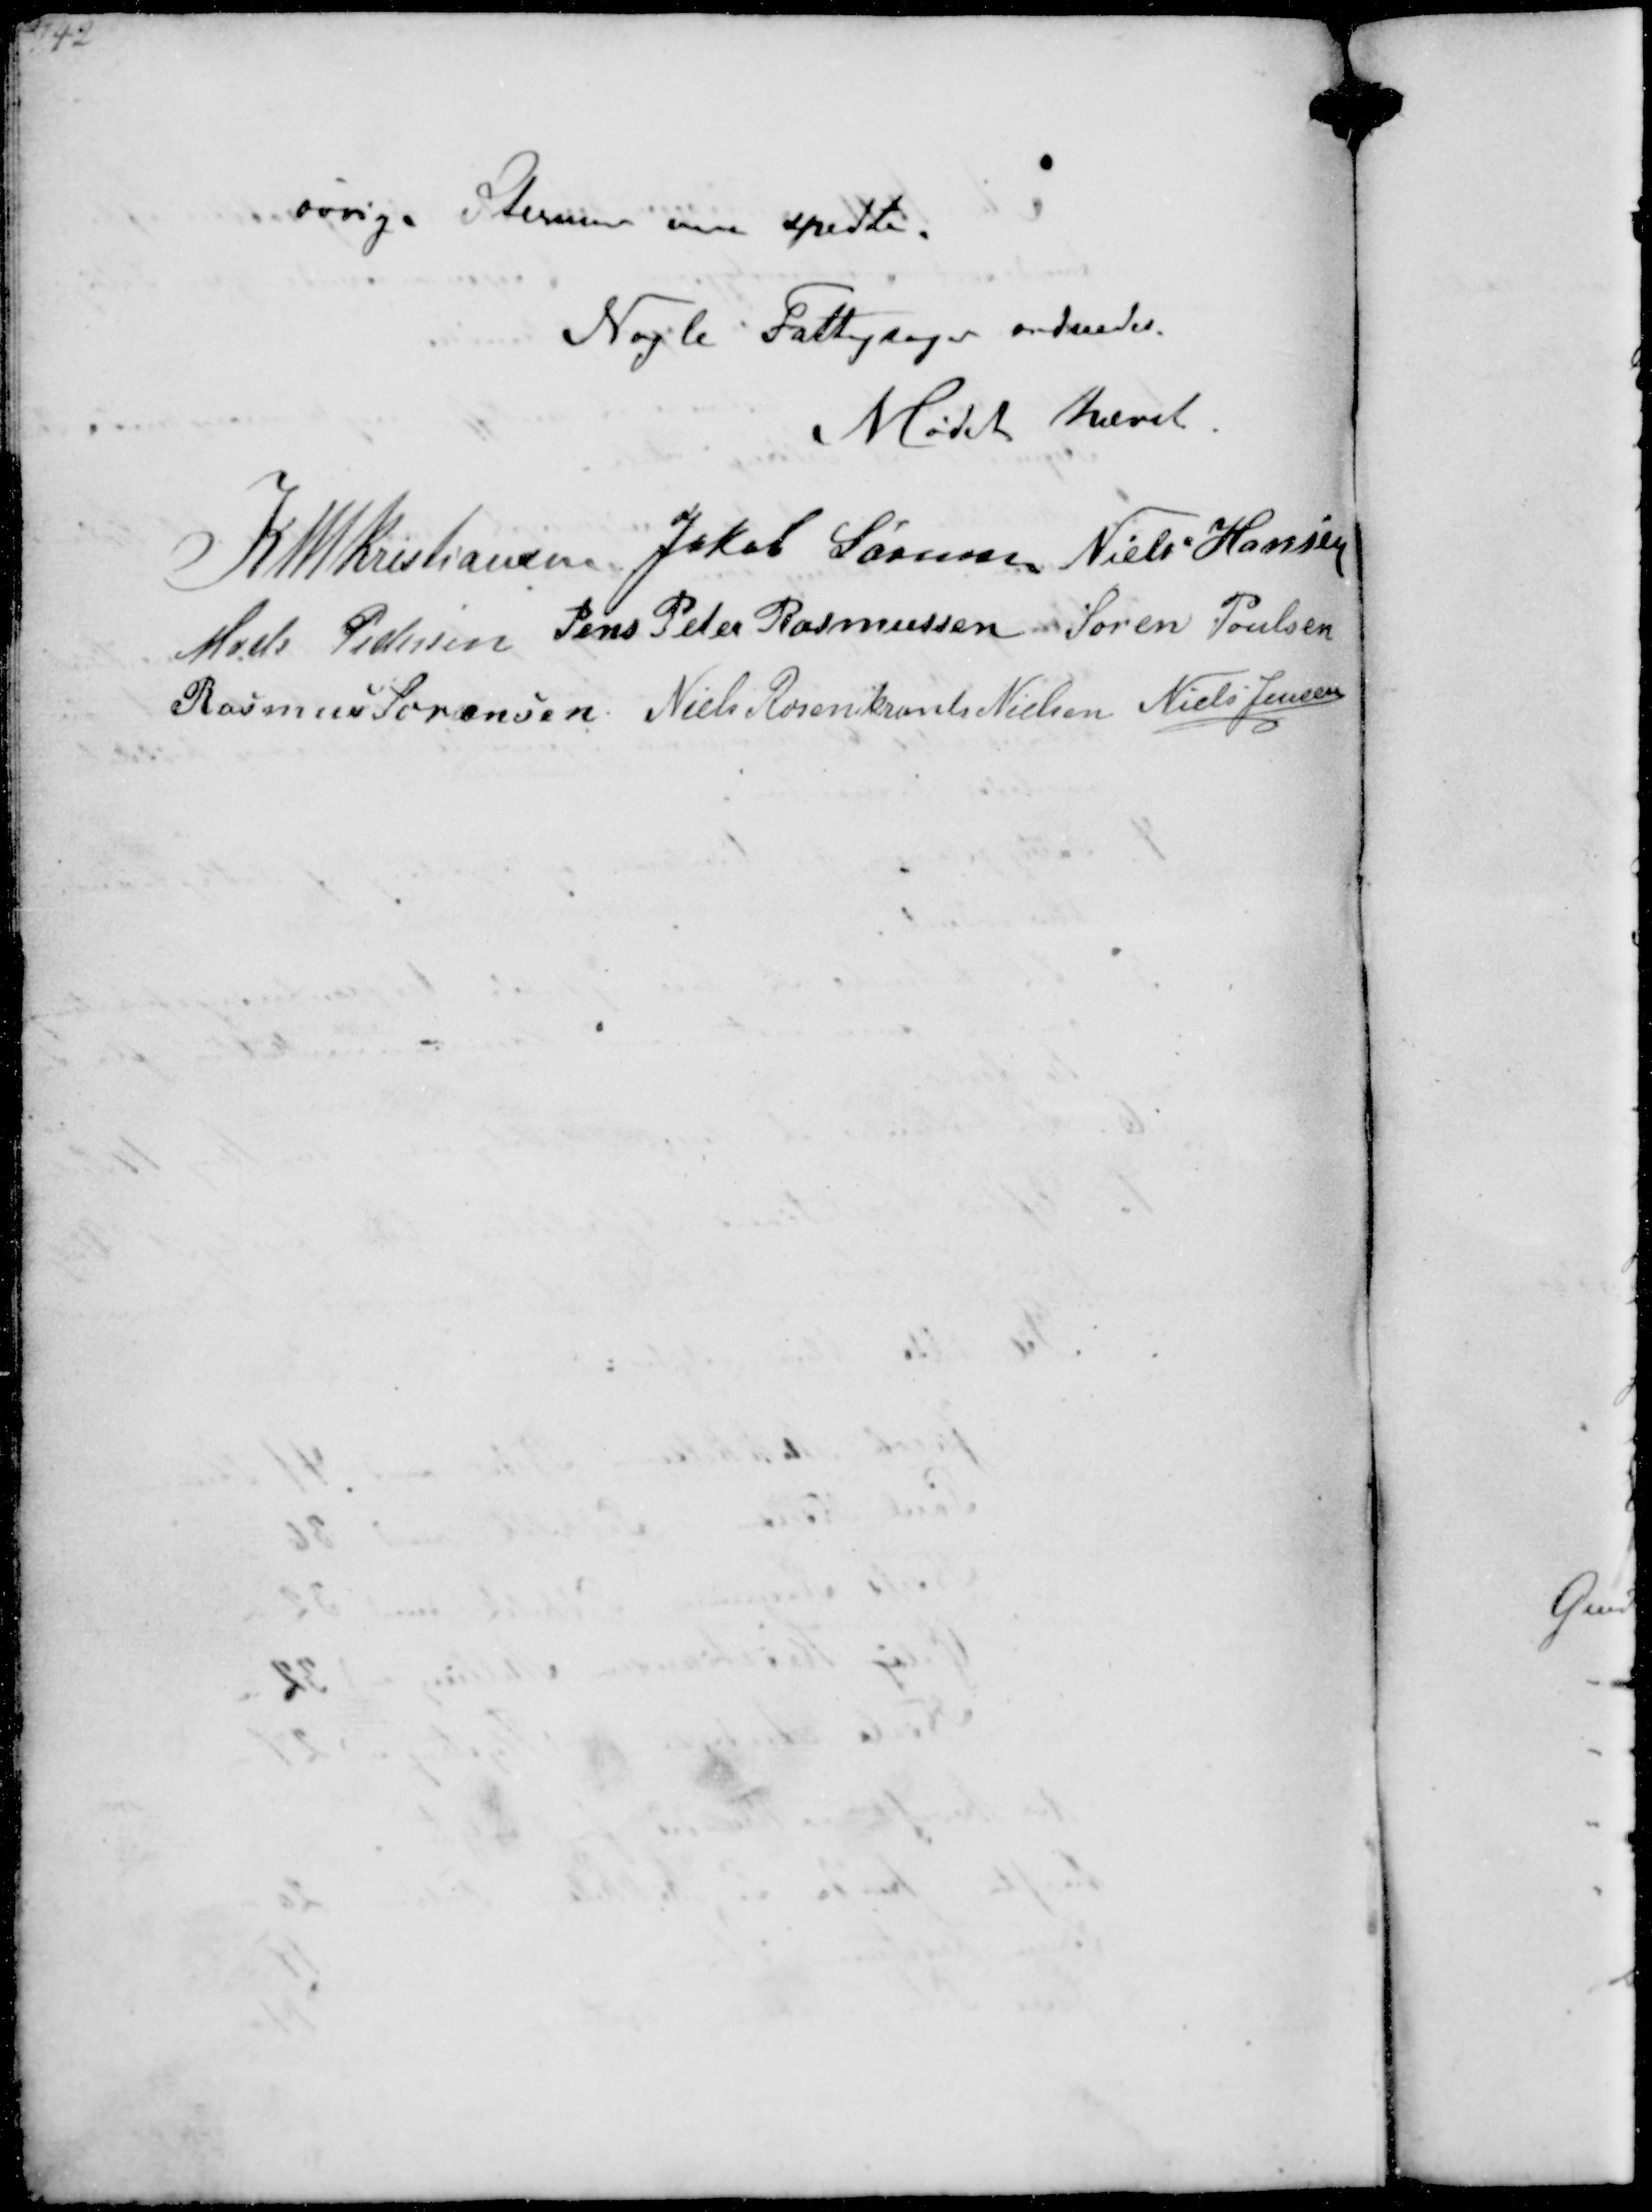
Transskription:
øvrige Stemmer var spedte

Nogle Fattigsager ordnedes

Mødet hævet

K N M Kristansen Jakob Sørensen Niels Hansen
Mads Pedersen Jens Peter Rasmussen Søren Poulsen
Rasmus Sørensen Niels Rosenkrands Nielsen Niels Jensen